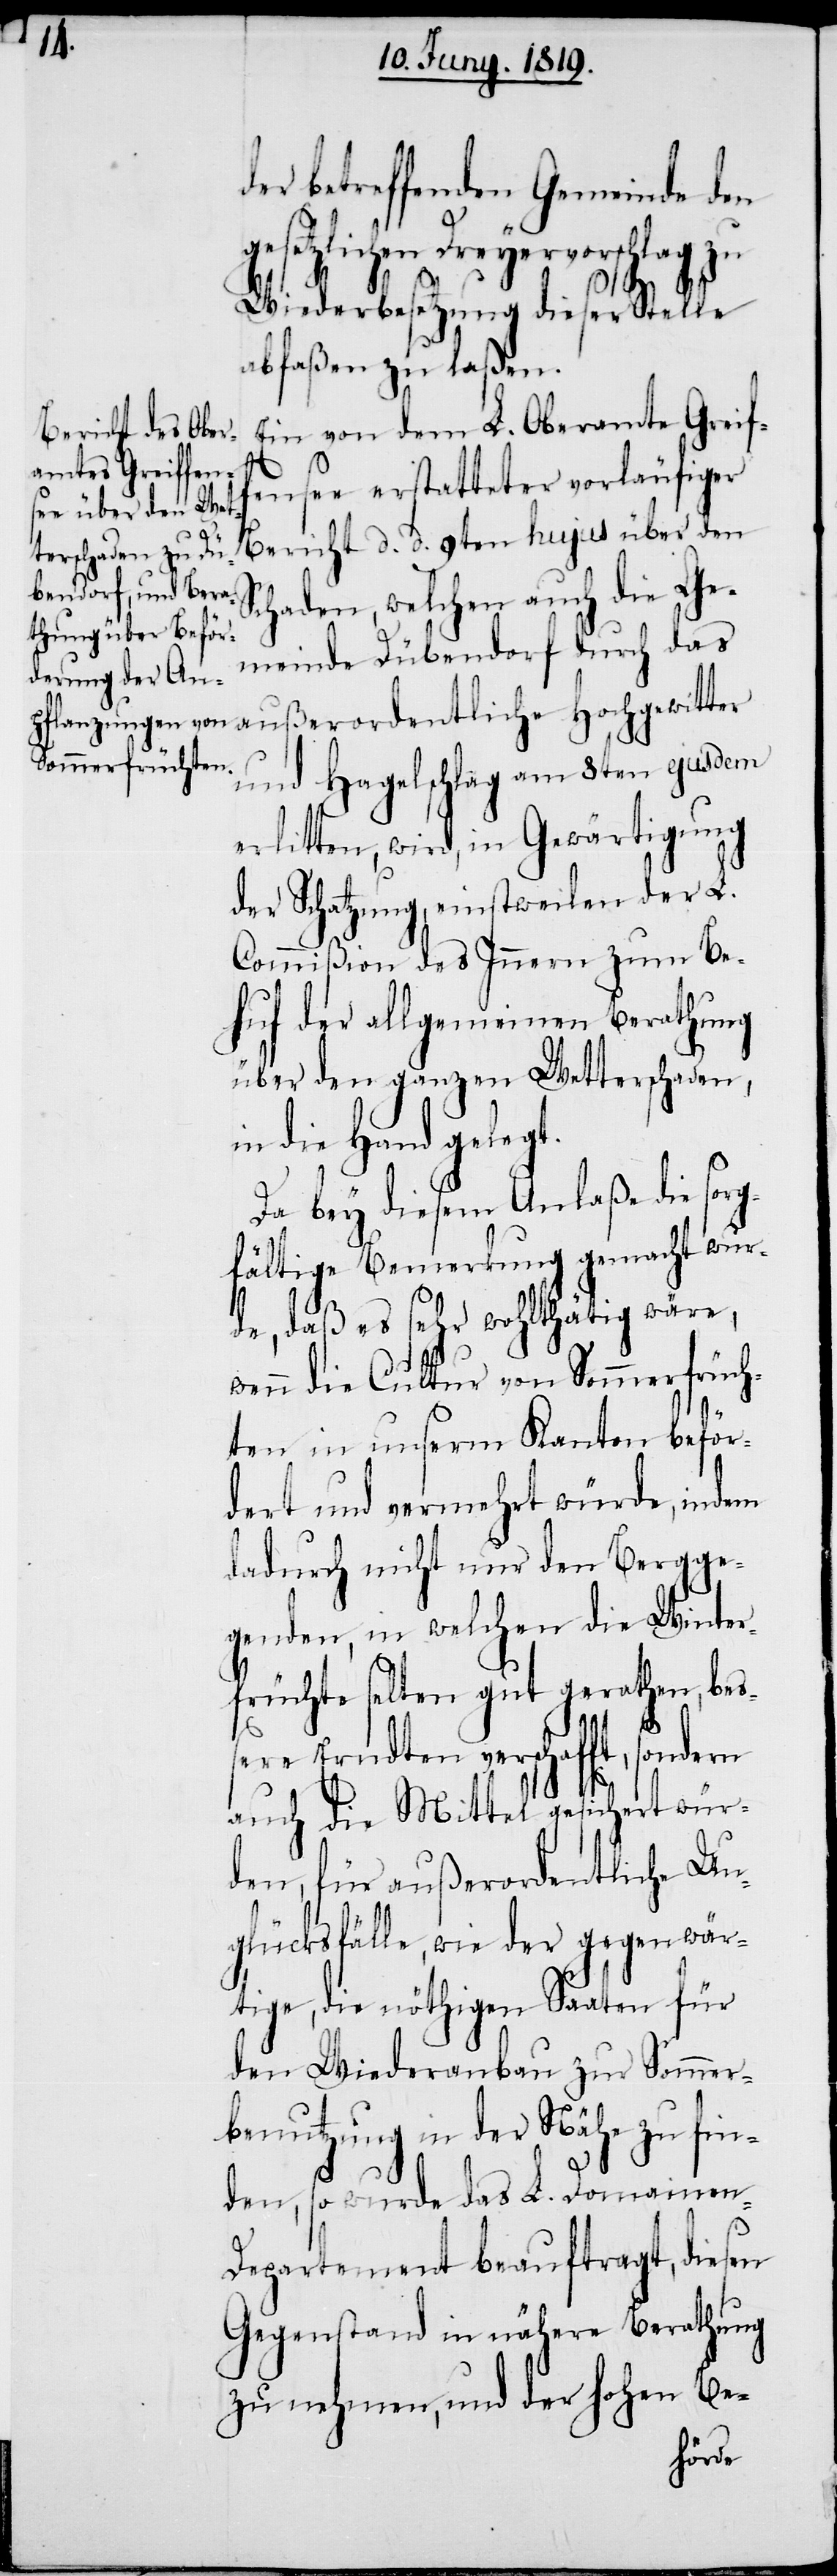
er betreffenden Gemeinde den
gesetzlichen Dreyervorschlag zu
d¬
Wiederbesetztung dieser Stelle
abfaßen zu laßen.
Ein von dem L. Oberamte Greif¬
fensee erstatteter vorläufiger
Bericht d. d. 9ten hujus über den
Schaden, welchen auch die Ge¬
meinde Dübendorf durch das
außerordentliche Hochgewitter
und Hagelschlägen am 8ten ejusdem
erlitten, wird, in Gewärtigung
der Schatzung, einstweilen der L.
Commißion des Innern zum Be¬
huf der allgemeinen Berathung
über den ganzen Wetterschaden,
in die Hand gelegt.
Da bey diesem Anlaße die sor¬
gfältige Bemerkung gemacht wur¬
de, daß es sehr wohlthätig wäre,
wenn die Cultur von Sommerfrüch¬
ten in unserm Kanton beför¬
dert und vermehrt würde, indem
dadurch nicht nur den Bergge¬
genden, in welchen die Winter¬
früchte selten gut gerathen, bes¬
sere Erndten verschafft, sondern
auch die Mittel gesichert wür¬
den, für außerordentliche Un¬
glücksfälle, wie der gegenwär¬
tige, die nöthigen Saaten für
den Wiederanbau zur Sommer¬
benutzung in der Nähe zu fin¬
den, so wurde das L. Domainen-D¬
epartement beauftragt, diesen
Gegenstand in nähere Berathung
zu nehmen, und der hohen Be-